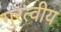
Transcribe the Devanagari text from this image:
गुरत्वीय